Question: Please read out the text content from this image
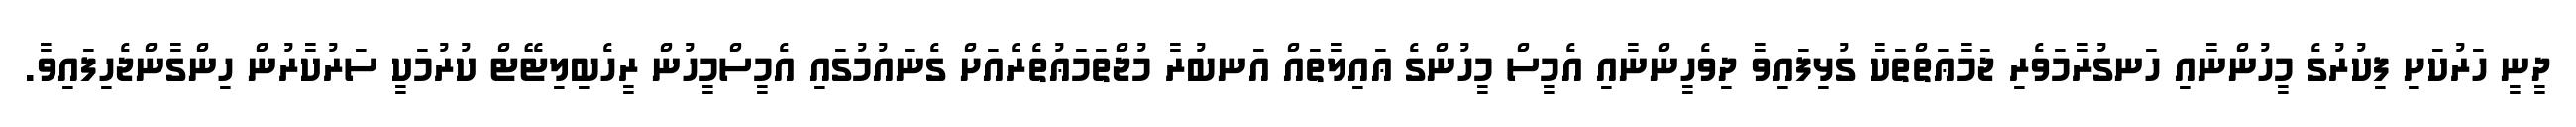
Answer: ދީނީ ހަރުކަށި ފިކުރުގެ މީހުންނާއި ހަނގުރާމަވެރި ޖަމާޢަތްތަކާ ގުޅިފައިވާ ދިވެހީންނާއި އެމީސް މީހުންގެ ޢައިލާތައް އަނބުރާ މުޖްތަމަޢުތެރެއަށް ގެނައުމުގައި އެމީސްމީހުން ރީހެބިލިޓޭޓް ކުރުމަކީ ސަރުކާރުން ހިންގާންޖެހިފައިވާ.